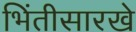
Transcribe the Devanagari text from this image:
भिंतीसारखे